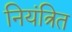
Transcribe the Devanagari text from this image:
नियंत्रित